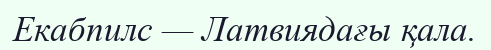
Екабпилс — Латвиядағы қала.